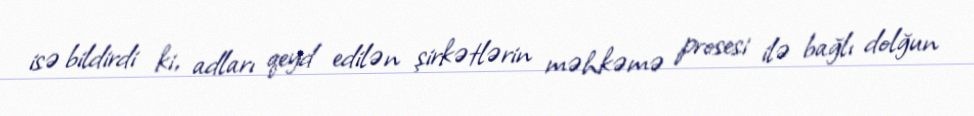
isə bildirdi ki, adları qeyd edilən şirkətlərin məhkəmə prosesi ilə bağlı dolğun